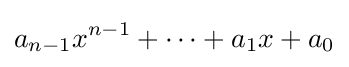
a_{n-1}x^{n-1}+\cdots +a_{1}x+a_{0}